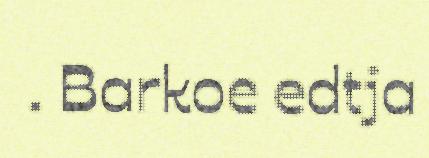
. Barkoe edtja